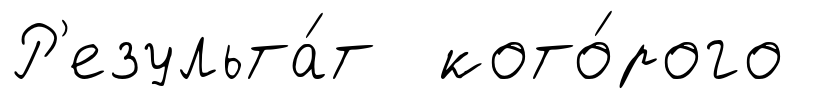
Р'езульта́т кото́рого